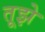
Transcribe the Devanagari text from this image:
तूझे